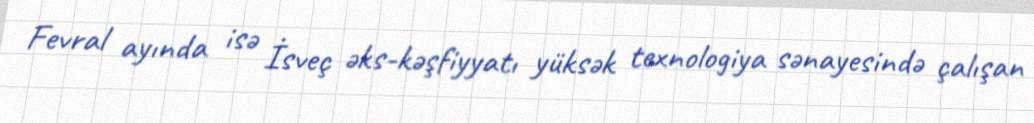
Fevral ayında isə İsveç əks-kəşfiyyatı yüksək texnologiya sənayesində çalışan